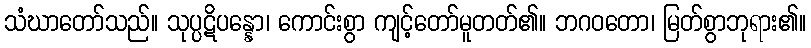
သံဃာတော်သည်။ သုပ္ပဋိပန္နော၊ ကောင်းစွာ ကျင့်တော်မူတတ်၏။ ဘဂဝတော၊ မြတ်စွာဘုရား၏။